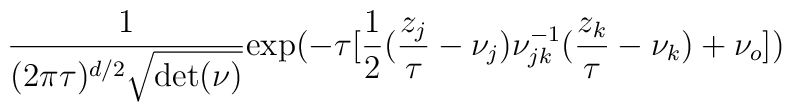
{ {1}\over{(2\pi\tau)^{d/2}\sqrt{{\rm det}(\nu)} } }{\rm exp}(-\tau[{{1}\over{2}}({{z_j}\over{\tau}} - \nu_j)\nu_{jk}^{-1}({{z_k}\over{\tau}} - \nu_k)+\nu_o])